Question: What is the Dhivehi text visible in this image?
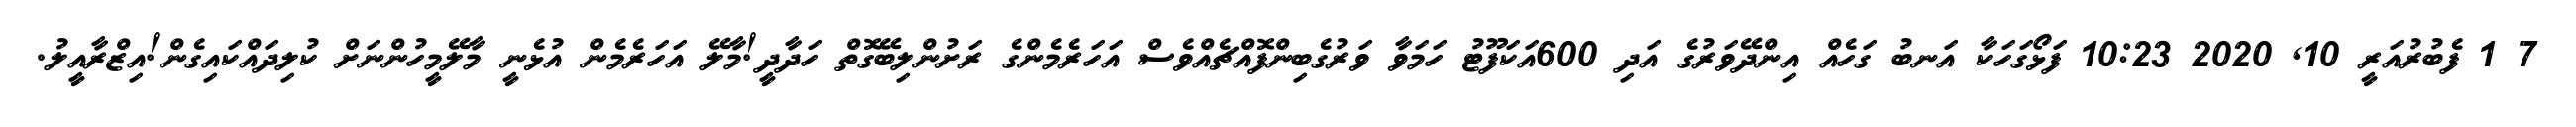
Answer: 7 1 ފެބުރުއަރީ 10, 2020 10:23 ފަޅޯގަހަކާ އަނބު ގަހެއް އިންދޭވަރުގެ އަދި 600އަކަފޫޓު ހަމަވާ ވަރުގެބިންފޮއްޗެއްވެސް އަހަރެމެންގެ ރަށުންލިބޭގޮތް ހަދާދީ!މާލޭ އަހަރެމެން އުޅެނީ މާލޭމީހުންނަށް ކުލިދައްކައިގެން!އިޒްރާއީލު.